Epidemic dropsy in Calcutta - Number 49
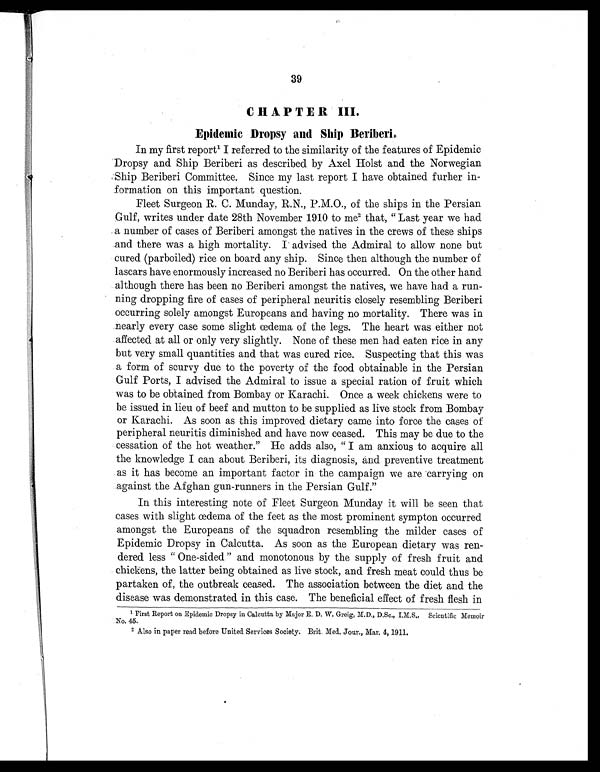
39
CHAPTER III.
Epidemic Dropsy and Ship Beriberi.
In my first report1 I r e f e r r e d t o t h e s i m i l a r i t y o f t h e f e a t u r e s o f E p i d e m i c
Dropsy and Ship Beriberi as described by Axel Holst and the Norwegian
Ship Beriberi Committee. Since my last report I have obtained further in
-formation on this important question.
Fleet Surgeon R. C. Munday, R.N., P.M.O., of the ships in the Persian
Gulf, writes under date 28th November 1910 to me 2 t h a t , " L a s t y e a r w e h a d
a number of cases of Beriberi amongst the natives in the crews of these ships
and there was a high mortality. I advised the Admiral to allow none but
cured (parboiled) rice on board any ship. Since then although the number of
lascars have enormously increased no Beriberi has occurred. On the other hand
although there has been no Beriberi amongst the natives, we have had a run
-ning dropping fire of cases of peripheral neuritis closely resembling Beriberi
occurring solely amongst Europeans and having no mortality. There was in
nearly every case some slight œdema of the legs. The heart was either not
affected at all or only very slightly. None of these men had eaten rice in any
but very small quantities and that was cured rice. Suspecting that this was
a form of scurvy due to the poverty of the food obtainable in the Persian
Gulf Ports, I advised the Admiral to issue a special ration of fruit which
was to be obtained from Bombay or Karachi. Once a week chickens were to
be issued in lieu of beef and mutton to be supplied as live stock from Bombay
or Karachi. As soon as this improved dietary came into force the cases of
peripheral neuritis diminished and have now ceased. This may be due to the
cessation of the hot weather." He adds also, " I am anxious to acquire all
the knowledge I can about Beriberi, its diagnosis, and preventive treatment
as it has become an important factor in the campaign we are carrying on
against the Afghan gun-runners in the Persian Gulf."
In this interesting note of Fleet Surgeon Munday it will be seen that
cases with slight œdema of the feet as the most prominent symptom occurred
amongst the Europeans of the squadron resembling the milder cases of
Epidemic Dropsy in Calcutta. As soon as the European dietary was ren
-dered less " One-sided " and monotonous by the supply of fresh fruit and
chickens, the latter being obtained as live stock, and fresh meat could thus be
partaken of, the outbreak ceased. The association between the diet and the
disease was demonstrated in this case. The beneficial effect of fresh flesh in
I First Report on Epidemic Dropsy in Calcutta by Major E. D. W. Greig, M.D., D.Sc., I.M.S., Scientific Memoir
No. 45.
2Also in paper read before United Services Society. Brit. Med. Jour., Mar. 4, 1911.